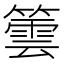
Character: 䉙